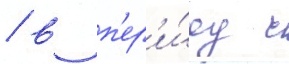
/ в п'ер'и́од с